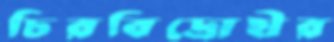
চিরবিদ্রোহীর